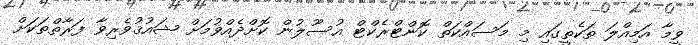
ވީމާ އަމިއްލަ ތަކެތީގައި މި މަސައްކަތް ކޮންޓްރެކްޓް އުސޫލުން ކޮށްދެއްވުމަށް ޝައުޤުވެރިވާ ފަރާތްތަކަށް